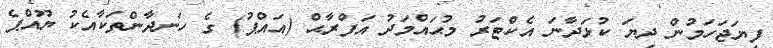
ފިޔަޖަހަމުން ދިޔަ ކުޅަދާނަ އެކްޓަރު މުޙައްމަދު އަފްރާޙް (އައްޕު) ގެ ހަނދާންތަކާއެކު ޔޫއްޕެ